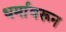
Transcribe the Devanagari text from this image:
धर्मावरून